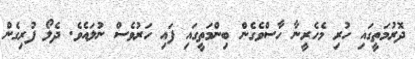
ދޮރުމަތީގައި ހުރި މެހެރީނާ ހާސްވެގެން ބިންމަތީގައި ފައި ހަރުވެސް ނުލައެވެ. ދެލޯ ފުރިގެން